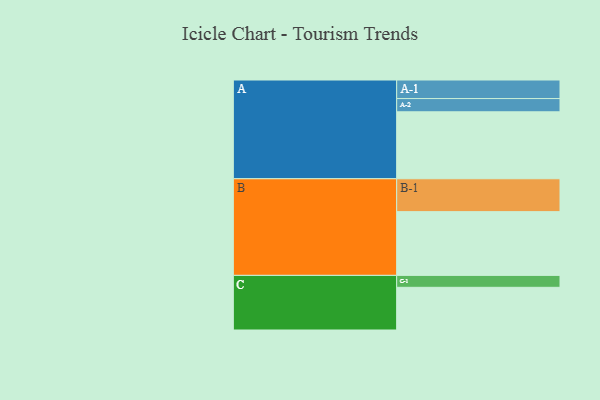
{"axis": {"x": "Segment", "y": "Value"}, "legend": ["", "A", "B", "C"], "data": [{"x": "A", "y": 505, "type": ""}, {"x": "B", "y": 481, "type": ""}, {"x": "C", "y": 322, "type": ""}, {"x": "A-1", "y": 140, "type": "A"}, {"x": "A-2", "y": 100, "type": "A"}, {"x": "B-1", "y": 248, "type": "B"}, {"x": "C-1", "y": 90, "type": "C"}]}